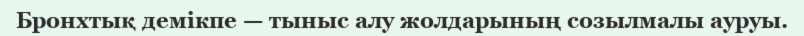
Бронхтық демікпе — тыныс алу жолдарының созылмалы ауруы.